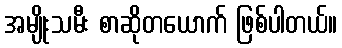
အမျိုးသမီး စာဆိုတယောက် ဖြစ်ပါတယ်။